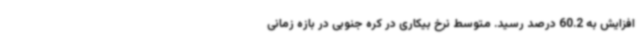
افزایش به 60.2 درصد رسید. متوسط نرخ بیکاری در کره جنوبی در بازه زمانی